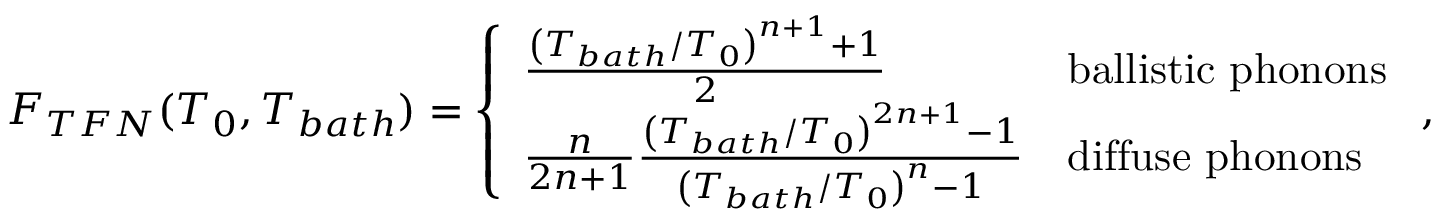
F _ { T F N } ( T _ { 0 } , T _ { b a t h } ) = \left\{ \begin{array} { l l } { \frac { \left( T _ { b a t h } / T _ { 0 } \right) ^ { n + 1 } + 1 } { 2 } } & { \mathrm { b a l l i s t i c \ p h o n o n s } } \\ { \frac { n } { 2 n + 1 } \frac { \left( T _ { b a t h } / T _ { 0 } \right) ^ { 2 n + 1 } - 1 } { \left( T _ { b a t h } / T _ { 0 } \right) ^ { n } - 1 } } & { \mathrm { d i f f u s e \ p h o n o n s } } \end{array} \right. ,